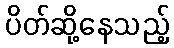
ပိတ်ဆို့နေသည့်